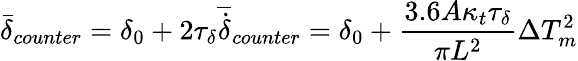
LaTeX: \bar{\delta}_{counter}=\delta_{0}+2\tau_{\delta}\overline{{\dot{\delta}}}_{counter}=\delta_{0}+\frac{3.6A\kappa_{t}\tau_{\delta}}{\pi L^{2}}\Delta T_{m}^{2}